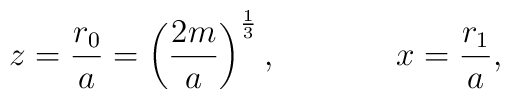
z = \frac{r_0}{a} = \left(\frac{2m}{a}\right)^{\frac{1}{3}},\hspace{1.5cm} x = \frac{r_1}{a},